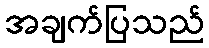
အချက်ပြသည်